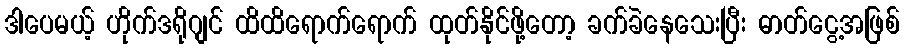
ဒါပေမယ့် ဟိုက်ဒရိုဂျင် ထိထိရောက်ရောက် ထုတ်နိုင်ဖို့တော့ ခက်ခဲနေသေးပြီး ဓာတ်ငွေ့အဖြစ်